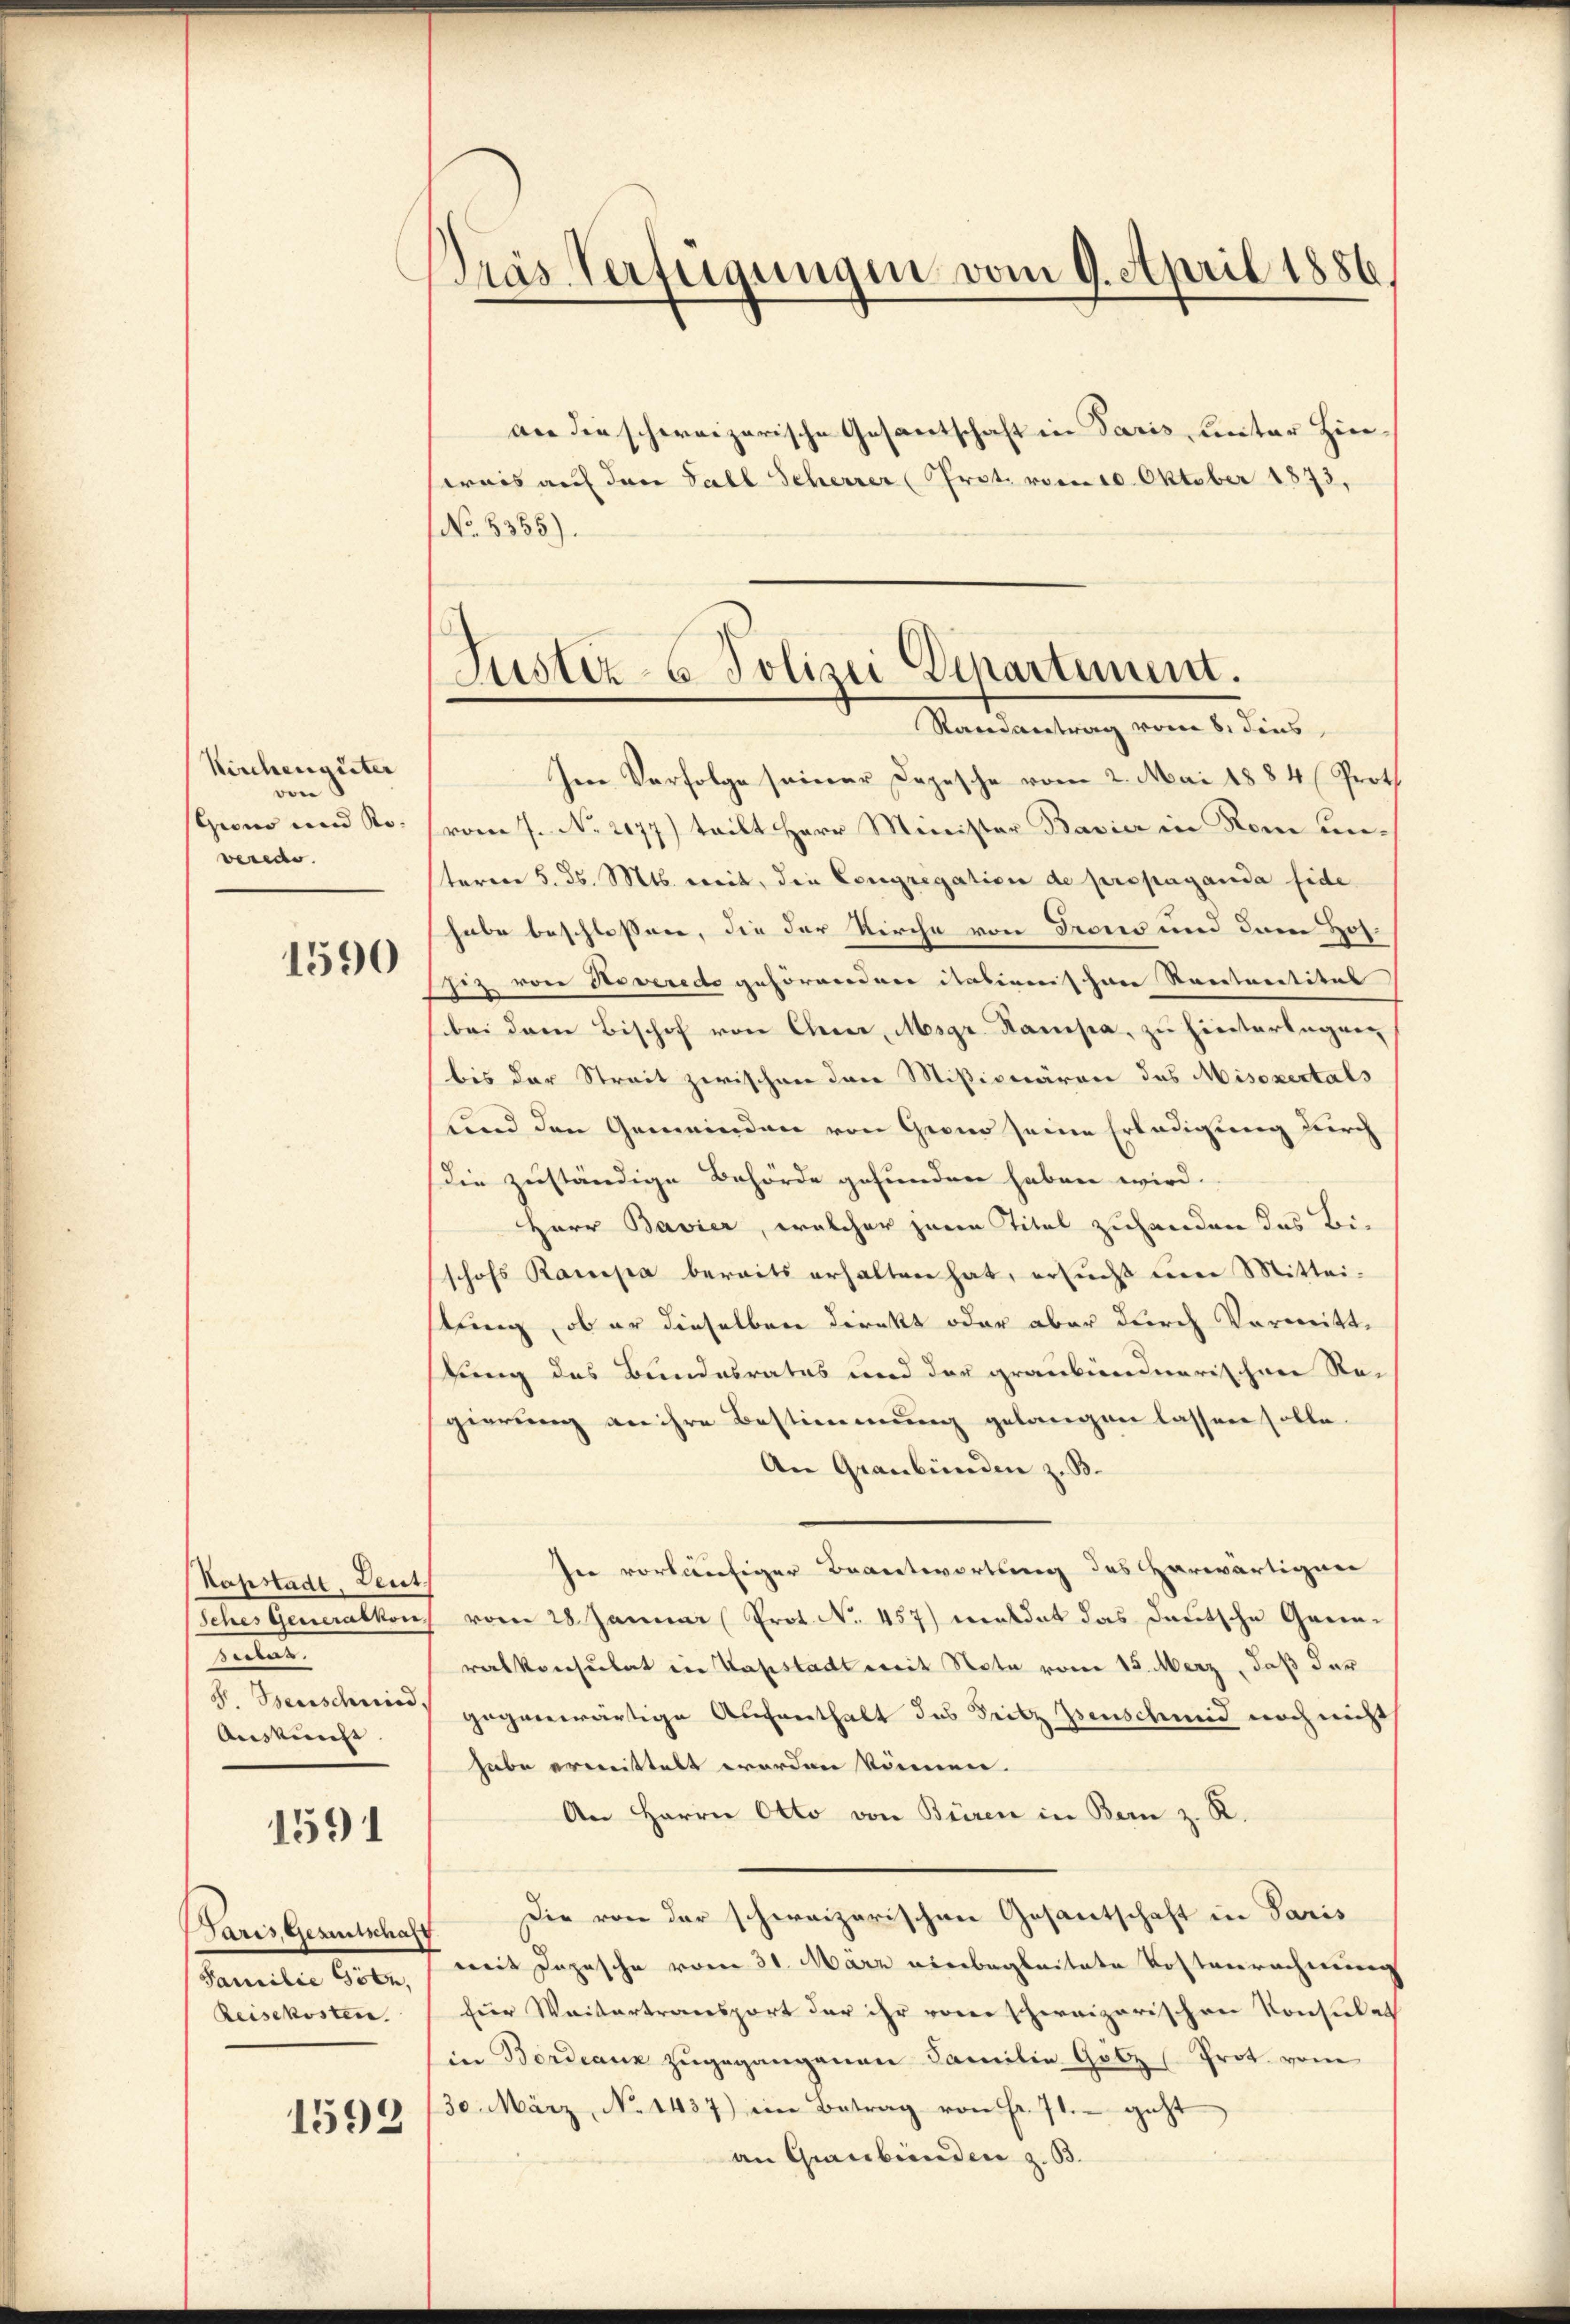
Kirchenguter
von
scuno und Roverede.

1590

Kapstadt, Deut
Iter Gemalten
renten
S. senscheid
Auskunft |

1591

Paris, Gestschaft
Familie Göbe,
Reisekosten.

1592

Bras Verfügungen vom 9. April 1886

an die schweizerische Gesantschaft in Paris unter Hierwais auf den Fall Seherrer Prot. vom 10. Oktober 1873,
No 8355).

Justiz- u Polizei Departement.
Randantrag vom 8. dies
Ien Verfolge seiner Depesche vom 2. Mai 1884 (Proth

vom 7. No. 2077) teilt Herr Minister Bavier in Rom unsteren 5. d. Mts. weit, die Congregation de propaganda fide
habe beschlossen, die der Kirche von Prons und dem Hofhiz von Noveredo gehörenden italienischen Rectoratitel
bei dem Bischof von Eherer, Msgr. Kampa, zu hinterlegung
bis der Streit zwischen den Missionären des Misoxertals
und den Gemeinden von Grand seine Erledigung durch
die zuständige Behörde gefunden haben wird.
Herr Bavier, welcher jene Titel zuhanden das Bischofs Rauepa bereits erhalten hat, ersucht um Mittei-
tung, ob er dieselben direkt oder aber durch Vormittstung des Bundesrates und der graubünderarischen Regierung an ihre Bestimmung gelangen lassen solle.
An Graubünden z. B.
In vorläufiger Beantwortung des herwärtigen
vom 28. Januar (Prot. No. 457) meldet das Deutsche Garnralkonsulat in Kapstadt mit Note vom 15. Merz, daß der
gegenwärtige Aufenthalt das Sitz Isenschmid noch nicht
habe ermittelt worden können.
An Herrn Otto von Büren in Bern z. R.
Die von der schweizerischen Gesantschaft in Paris
mit Depesche vom 31. März einbegleitete Kostenrechnung
für Weitertransport der ihr von schweizerischen Konsulat
in Bordeanz zugegangenen Familie Gotz (Prot. vom
30. März, No 1437) im Betrag von Fr. 71. geht
an Graubünden z. B.